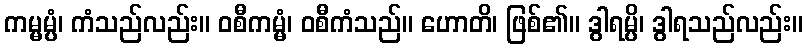
ကမ္မမ္ပံ၊ ကံသည်လည်း။ ဝစီကမ္မံ၊ ဝစီကံသည်။ ဟောတိ၊ ဖြစ်၏။ ဒွါရမ္ပိ၊ ဒွါရသည်လည်း။